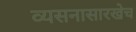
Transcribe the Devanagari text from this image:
व्यसनासारखेच